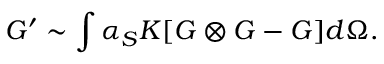
G ^ { \prime } \sim \int \alpha _ { S } K [ G \otimes G - G ] d \Omega .